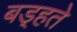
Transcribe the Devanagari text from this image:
बड़्हते